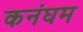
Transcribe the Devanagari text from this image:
कनंघम